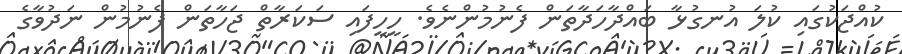
ކުއްޖަކުގައި ކުލަ އުނގުޅާ ބައްދާހަދާތަން ފެނުމުންނެވެ. ހީހީފައި ސަކަރާތް ޖަހާތަން ފެނުމުން ނަދުވާގެ